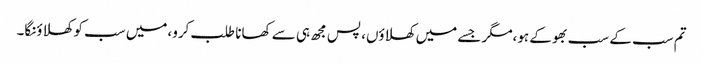
تم سب کے سب بھوکے ہو،مگر جسے میں کھلاؤں، پس مجھ ہی سے کھانا طلب کرو،میں سب کو کھلاؤنگا۔